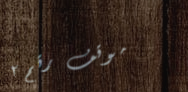
موقف رقم ٢